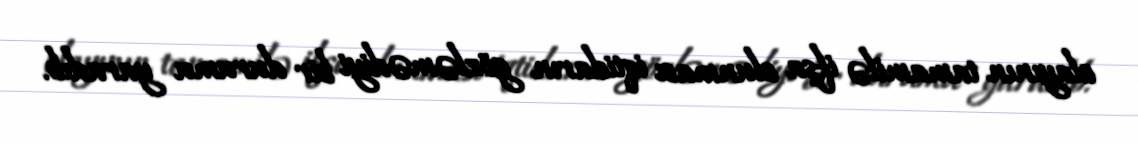
olayının tamamilə ifşa olunması iqtidarın gözləmədiyi bir durumu yaradıb.